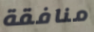
منافقة